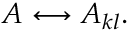
A \longleftrightarrow A _ { k l } .